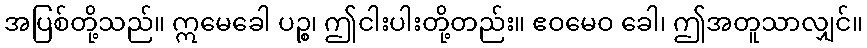
အပြစ်တို့သည်။ ဣမေခေါ ပဉ္စ၊ ဤငါးပါးတို့တည်း။ ဧဝမေဝ ခေါ၊ ဤအတူသာလျှင်။